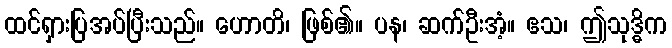
ထင်ရှားပြအပ်ပြီးသည်။ ဟောတိ၊ ဖြစ်၏။ ပန၊ ဆက်ဦးအံ့။ ဧသ၊ ဤသုဒ္ဓိက